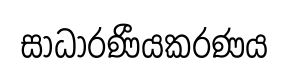
සාධාරණීයකරණය